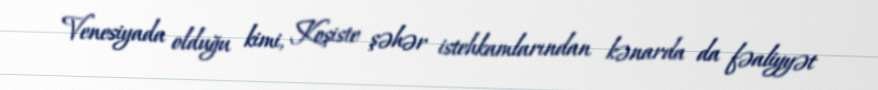
Venesiyada olduğu kimi, Koşiste şəhər istehkamlarından kənarda da fəaliyyət